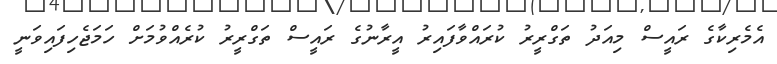
އެމެރިކާގެ ރައީސް މިއަދު ތަގްރީރު ކުރައްވާފައިރު އީރާނުގެ ރައީސް ތަގްރީރު ކުރެއްވުމަށް ހަމަޖެހިފައިވަނީ